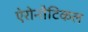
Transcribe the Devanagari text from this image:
ऐरोनौटिकल